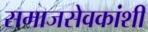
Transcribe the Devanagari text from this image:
समाजसेवकांशी